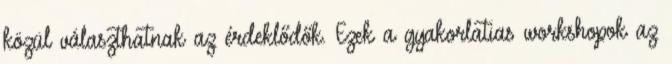
közül választhatnak az érdeklődők. Ezek a gyakorlatias workshopok az